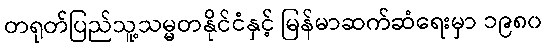
တရုတ်ပြည်သူ့သမ္မတနိုင်ငံနှင့် မြန်မာဆက်ဆံရေးမှာ ၁၉၈၀